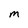
Character: M